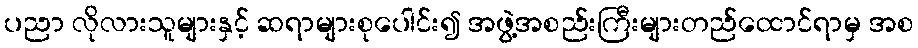
ပညာ လိုလားသူများနှင့် ဆရာများစုပေါင်း၍ အဖွဲ့အစည်းကြီးများတည်ထောင်ရာမှ အစ